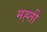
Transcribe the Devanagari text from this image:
मह्ती